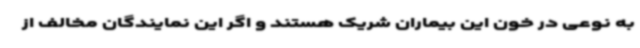
به نوعی در خون این بیماران شریک هستند و اگر این نمایندگان مخالف از